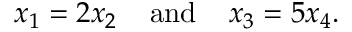
x _ { 1 } = 2 x _ { 2 } \; \; \; \; { \mathrm { a n d } } \; \; \; \; x _ { 3 } = 5 x _ { 4 } .